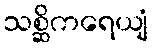
သစ္ဆိကရေယျံ